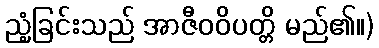
ညံ့ခြင်းသည် အာဇီဝဝိပတ္တိ မည်၏။)